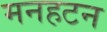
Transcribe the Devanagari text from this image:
मनहटन